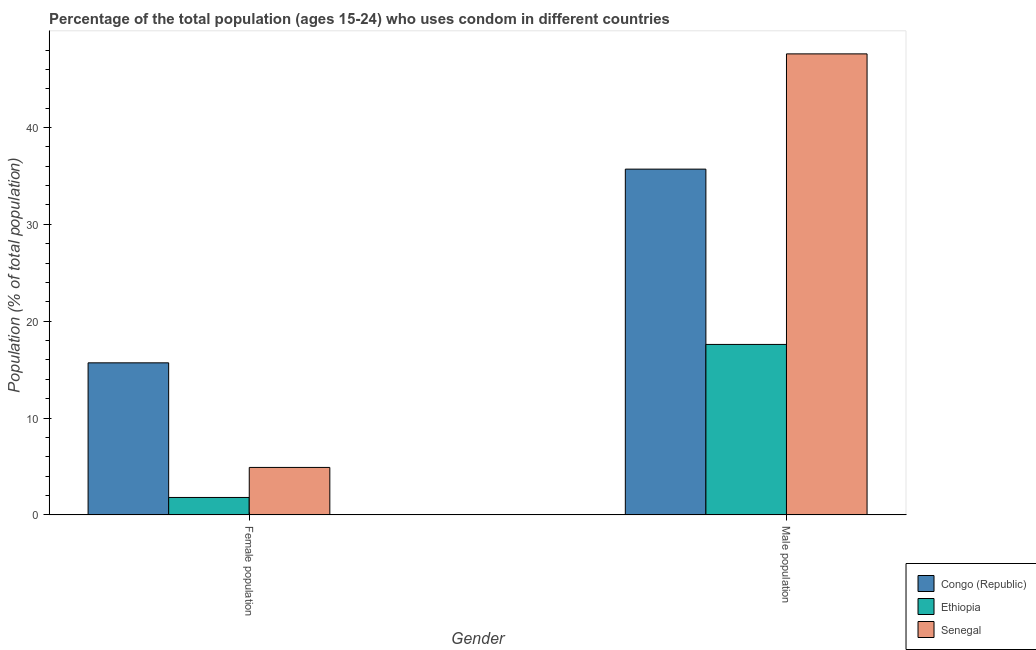
| Gender | Congo (Republic) | Ethiopia | Senegal |
 | --- | --- | --- | --- |
 | Female population | 15.7 | 1.8 | 4.9 |
 | Male population | 35.7 | 17.6 | 47.6 |